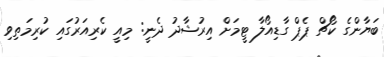
ބަޔާންގެ ކޯޗް ޕެޕް ގާޑިއޯލާ ޓީމަށް އިރުޝާދު ދެނީ: މިއީ ކެރިއަރުގައި ކުރިމަތިވި